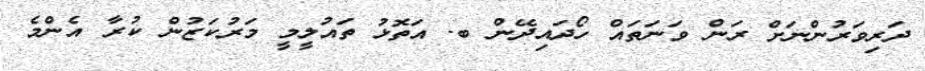
ދަރިވަރުންނަށް ރަން ވަނަތައް ހޯދައިދޭން ބ. އަތޮޅު ތައުލީމީ މަރުކަޒުން ކުރާ އެންމެ